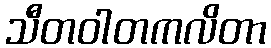
သီတဝါတကလိတာ